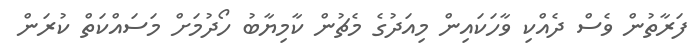
ފަރާތުން ވެސް ދެއްކި ވާހަކައިން މިއަދުގެ މެޗުން ކާމިޔާބު ހޯދުމަށް މަސައްކަތް ކުރަން